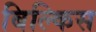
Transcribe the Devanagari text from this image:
बिल्किस